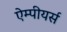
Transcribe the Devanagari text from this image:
ऐम्पीयर्स